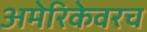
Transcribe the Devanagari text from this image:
अमेरिकेवरच